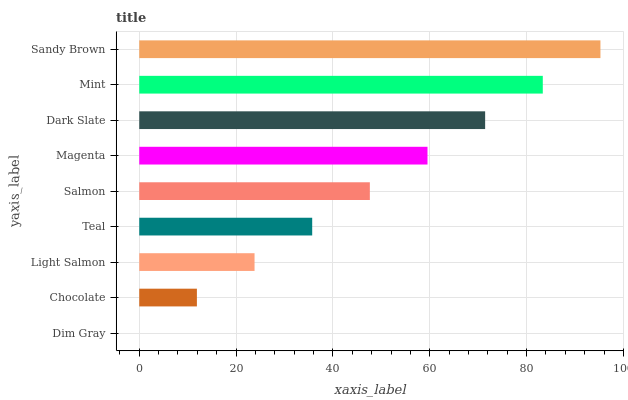
| yaxis_label | bars |
 | --- | --- |
 | Dim Gray | 0 |
 | Chocolate | 11.9 |
 | Light Salmon | 23.8 |
 | Teal | 35.7 |
 | Salmon | 47.6 |
 | Magenta | 59.5 |
 | Dark Slate | 71.4 |
 | Mint | 83.3 |
 | Sandy Brown | 95.2 |